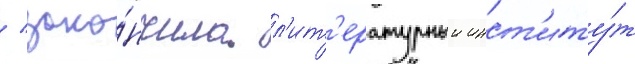
/ зако́нчила л'ит'ературныи инст'иту́т